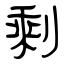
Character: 剩